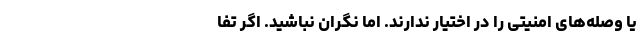
یا وصله‌های امنیتی را در اختیار ندارند. اما نگران نباشید. اگر تفا